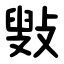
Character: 㪢